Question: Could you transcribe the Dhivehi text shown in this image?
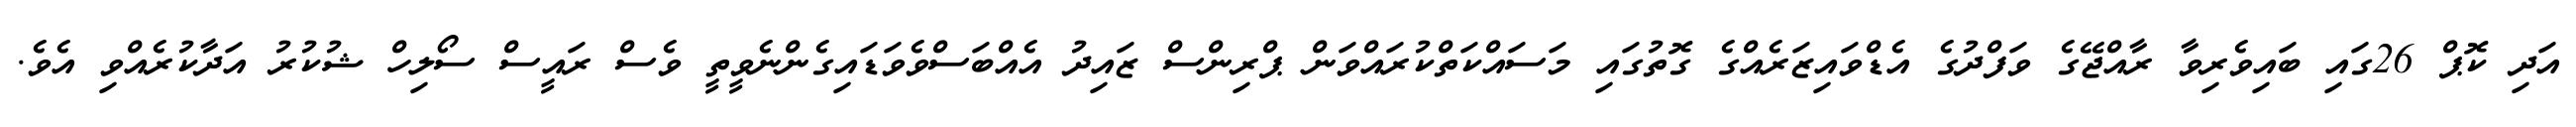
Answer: އަދި ކޮޕް 26ގައި ބައިވެރިވާ ރާއްޖޭގެ ވަފްދުގެ އެޑްވައިޒަރެއްގެ ގޮތުގައި މަސައްކަތްކުރައްވަން ޕްރިންސް ޒައިދު އެއްބަސްވެވަޑައިގެންނެވީތީ ވެސް ރައީސް ސޯލިހް ޝުކުރު އަދާކުރެއްވި އެވެ.